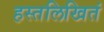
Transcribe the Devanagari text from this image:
हस्तलिखितं